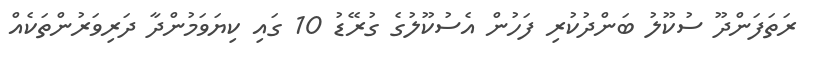
ރަތަފަންދޫ ސުކޫލު ބަންދުކުރި ފަހުން އެސުކޫލުގެ ގުރޭޑު 10 ގައި ކިޔަވަމުންދާ ދަރިވަރުންތަކެއް